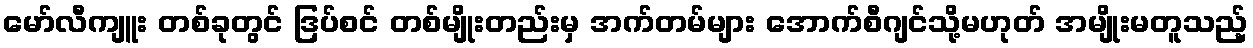
မော်လီကျူး တစ်ခုတွင် ဒြပ်စင် တစ်မျိုးတည်းမှ အက်တမ်များ အောက်စီဂျင်သို့မဟုတ် အမျိုးမတူသည့်